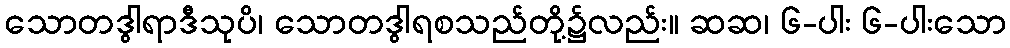
သောတဒွါရာဒီသုပိ၊ သောတဒွါရစသည်တို့၌လည်း။ ဆဆ၊ ၆-ပါး ၆-ပါးသော